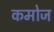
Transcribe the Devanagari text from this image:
कमोज